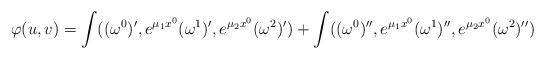
LaTeX: \begin{align*} \varphi(u,v)=\int((\omega^0)',e^{\mu_1x^0}(\omega^1)',e^{\mu_2x^0}(\omega^2)')+\int((\omega^0)'',e^{\mu_1x^0}(\omega^1)'',e^{\mu_2x^0}(\omega^2)'')\end{align*}